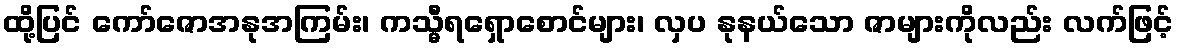
ထို့ပြင် ကော်ဇောအနုအကြမ်း၊ ကသ္မီရရှောစောင်များ၊ လှပ နုနယ်သော ဇာများကိုလည်း လက်ဖြင့်